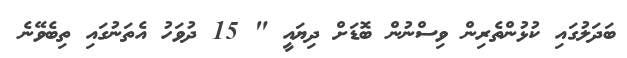
ބަދަލުގައި ކުޅުންތެރިން ވިސްނުން ބޮޑަށް ދިޔައީ " 15 ދުވަހު އެތަނުގައި ތިބެވޭނެ